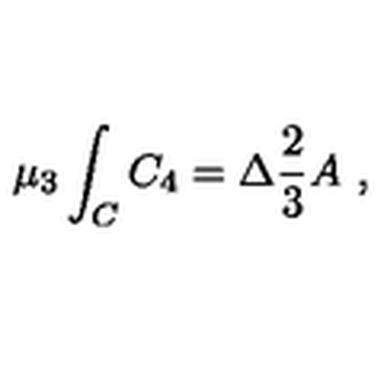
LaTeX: \mu _ { 3 } \int _ { C } C _ { 4 } = \Delta \frac { 2 } { 3 } A \ ,